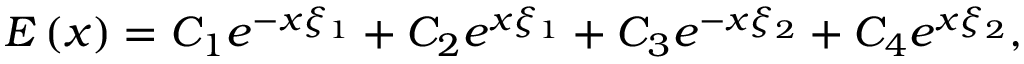
E \left( x \right) = C _ { 1 } e ^ { - x \xi _ { 1 } } + C _ { 2 } e ^ { x \xi _ { 1 } } + C _ { 3 } e ^ { - x \xi _ { 2 } } + C _ { 4 } e ^ { x \xi _ { 2 } } ,